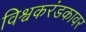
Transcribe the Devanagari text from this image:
विश्वकरंडकावर